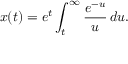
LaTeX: x ( t ) = e ^ { t } \int _ { t } ^ { \infty } { \frac { e ^ { - u } } { u } } \, d u .